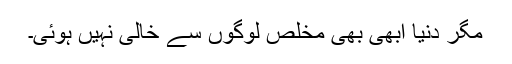
مگر دنیا ابھی بھی مخلص لوگوں سے خالی نہیں ہوئی۔